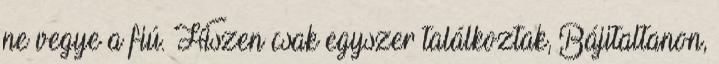
ne vegye a fiú. Hiszen csak egyszer találkoztak, Bájitaltanon,